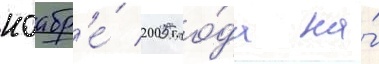
ноабр'е́ 2005 го́да на́